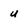
Character: u